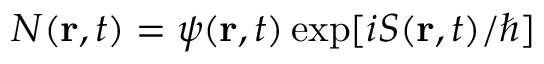
{ \cal { N } } ( { \bf { r } } , t ) = \psi ( { \bf { r } } , t ) \exp [ i S ( { \bf { r } } , t ) / \hbar ]